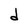
Character: d